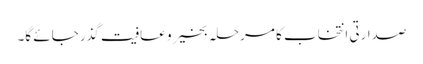
صدارتی انتخاب کا مرحلہ بخیر و عافیت گذر جائے گا۔